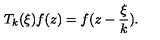
T _ { k } ( \xi ) f ( z ) = f ( z - \frac { \xi } { k } ) .